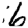
Digit: 6